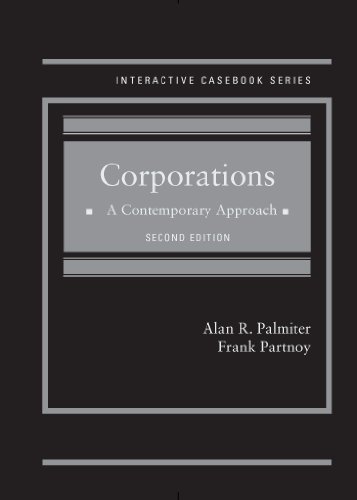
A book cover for Corporations: A Contemporary Approach, 2d (Interactive Casebook Series); Alan Palmiter; Law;